Lunatic asylums Punjab 1881-1894 - 1881-1894
Year: 1881
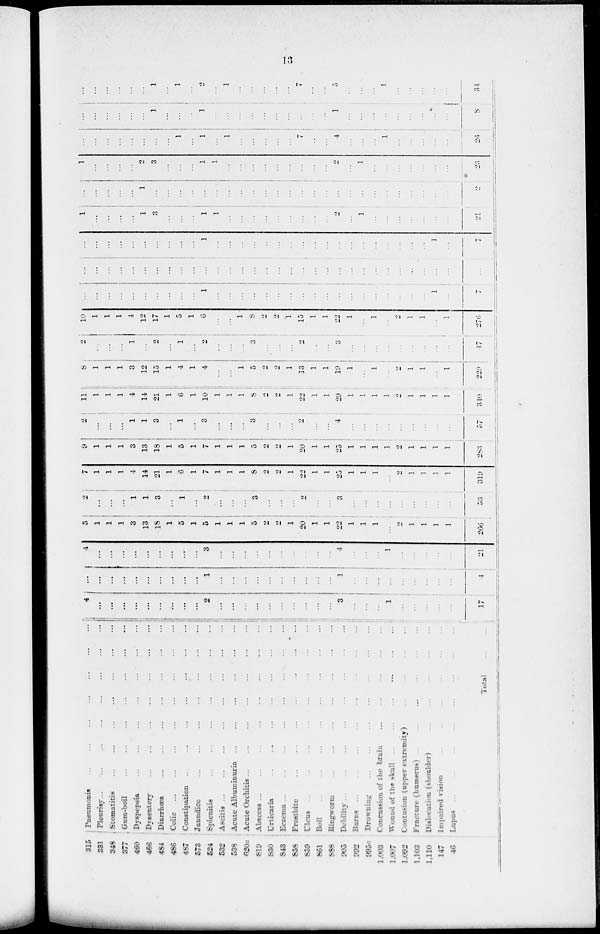
13
315
331
348
377
460
466
484
486
487
573
524
532
538
620a
819
830
843
858
859
861
888
905
992
995a
1,003
1,007
1,092
1,103
1,110
147
46
Pneumonia ... ... ... ... ... ... ...
Pleurisy ... ... ... ... ... ... ... ....
Stomatitis
...
...
...
...
...
...
...
Gum-boil
...
...
...
...
...
...
...
Dyspepsia
...
...
...
...
...
...
...
Dysentery
...
...
...
...
...
...
...
Diarrhœa ... ... ... ... ... ... ...
Colic
...
...
...
...
...
...
...
Constipation
...
...
...
...
...
...
Jaundice
...
...
...
...
...
...
...
Splenitis
...
...
...
...
...
...
...
Ascitis ... ... ... ... ... ... ...
Acute Albuminuria
...
...
...
...
...
...
Acute Orchitis
...
...
...
...
...
...
...
Abscess ... ... ... ... ... ... ... ...
Urticaria
...
...
...
...
...
...
...
Eczema ...
...
...
...
...
...
...
...
Frostbite
...
...
...
...
...
...
...
Ulcus
...
...
...
...
...
...
...
Boil
...
...
...
...
...
...
...
Ringworm
...
...
...
...
...
...
...
Debility...
...
...
...
...
...
...
...
Burns ...
...
...
...
...
...
...
...
Drowning ... ... ... ... ... ... ... ...
Concussion of the brain ... ... ... ... ...
Wound of the skull ... ... ... ... ...
Contusion (upper extremity) ... ... ... ...
Fracture (humerus) ... ... ... ... ... ...
Dislocation (shoulder) ... ... ... ... ...
Impaired vision ... ... ... ... ... ...
Lupus ... ... ... ... ... ... ...
Total
...
...
4
...
...
...
...
...
...
...
...
...
2
...
...
...
...
...
...
...
...
...
...
3
...
...
...
1
...
...
...
...
...
17
...
...
...
...
...
...
...
...
...
...
1
...
...
...
...
...
...
...
...
...
...
1
...
...
...
...
...
...
...
...
...
4
4
...
...
...
...
...
...
...
...
...
3
...
...
...
...
...
...
...
...
...
...
4
...
...
...
1
...
...
...
...
...
21
5
1
1
1
3
13
18
1
5
1
5
1
1
1
5
2
2
1
20
1
1
22
1
1
1
...
2
1
1
1
1
266
2
...
...
...
1
1
3
...
1
...
2
...
...
...
3
...
...
...
2
...
...
3
...
...
...
...
...
...
...
...
...
33
7
1
1
1
4
14
21
1
6
1
7
1
1
1
8
2
2
1
22
1
1
25
1
1
1
...
2
1
1
1
1
319
9
1
1
1
3
13
18
1
5
1
7
1
1
1
5
2
2
1
20
1
1
25
1
1
1
1
2
1
1
1
1
283
2
...
...
...
1
1
3
...
1
...
3
...
...
...
3
...
...
...
2
...
...
4
...
...
...
...
...
...
...
...
...
57
11
1
1
1
4
14
21
1
6
1
10
1
1
1
8
2
2
1
22
1
1
29
1
1
1
1
2
1
1
1
1
340
8
1
1
1
3
12
15
1
4
1
4
...
...
1
5
2
2
1
13
1
1
19
1
...
1
...
2
1
1
...
1
229
2
...
...
...
1
...
2
...
1
...
2
...
...
...
3
...
...
...
2
...
...
3
...
...
...
...
...
...
...
...
...
47
10
1
1
1
4
12
17
1
5
1
6
...
...
1
8
2
2
1
15
1
1
22
1
...
1
...
...
1
1
...
1
276
...
...
...
...
...
...
...
...
...
...
1
...
...
...
...
...
...
...
...
...
...
...
...
...
...
...
...
...
...
1
...
7
...
...
...
...
...
...
...
...
...
...
...
...
...
...
...
...
...
...
...
...
...
...
...
...
...
...
...
...
...
...
...
...
...
...
...
...
...
...
...
...
...
...
1
...
...
...
...
...
...
...
...
...
...
...
...
...
...
...
...
...
...
1
...
7
1
...
...
...
...
1
3
...
...
...
1
1
1
...
...
...
...
...
...
...
...
2
...
1
...
...
...
...
...
...
...
21
...
...
...
...
...
1
...
...
...
...
...
...
...
...
...
...
...
...
...
...
...
...
...
...
...
...
...
...
...
...
...
2
1
...
...
...
...
2
3
...
...
...
1
1
...
...
...
...
...
...
...
...
...
2
...
1
...
...
...
...
...
...
...
23
...
...
...
...
...
...
...
...
1
...
1
...
1
...
...
...
...
...
7
...
...
4
...
...
...
1
...
...
...
...
...
26
...
...
...
...
...
...
1
...
...
...
1
...
...
...
...
...
...
...
...
...
...
1
...
...
...
...
...
...
...
...
...
8
...
...
...
...
...
...
1
...
1
...
2
...
1
...
...
...
...
...
7
...
...
5
...
...
...
1
...
...
...
...
...
34